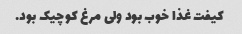
کیفت غذا خوب بود ولی مرغ کوچیک بود.